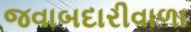
જવાબદારીવાળા